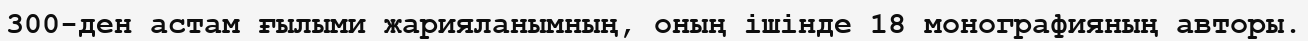
300-ден астам ғылыми жарияланымның, оның ішінде 18 монографияның авторы.